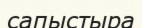
сапыстыра